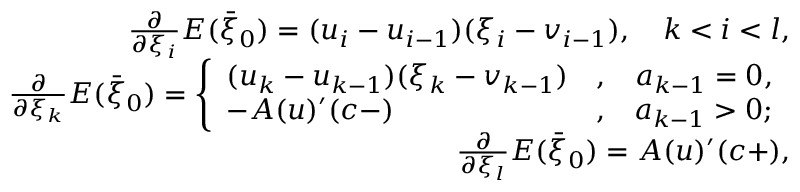
\begin{array} { r } { \frac { \partial } { \partial \xi _ { i } } E ( \bar { \xi } _ { 0 } ) = ( u _ { i } - u _ { i - 1 } ) ( \xi _ { i } - v _ { i - 1 } ) , \quad k < i < l , } \\ { \frac { \partial } { \partial \xi _ { k } } E ( \bar { \xi } _ { 0 } ) = \left\{ \begin{array} { l c r } { ( u _ { k } - u _ { k - 1 } ) ( \xi _ { k } - v _ { k - 1 } ) } & { , } & { a _ { k - 1 } = 0 , } \\ { - A ( u ) ^ { \prime } ( c - ) } & { , } & { a _ { k - 1 } > 0 ; } \end{array} \right. } \\ { \frac { \partial } { \partial \xi _ { l } } E ( \bar { \xi } _ { 0 } ) = A ( u ) ^ { \prime } ( c + ) , } \end{array}